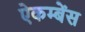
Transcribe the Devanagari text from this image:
ऐकम्बेंस